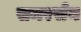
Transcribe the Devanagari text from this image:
समरसेन